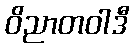
ဝိညာတဝါဒီ